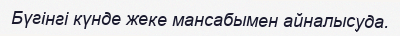
Бүгінгі күнде жеке мансабымен айналысуда.